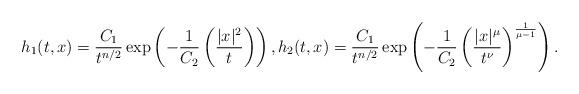
LaTeX: \begin{align*}h_{1}(t,x)=\frac{C_{1}}{t^{n/2}}\exp\left(-\frac{1}{C_{2}}\left(\frac{\vert x\vert^{2}}{t}\right)\right),h_{2}(t,x)=\frac{C_{1}}{t^{n/2}}\exp\left(-\frac{1}{C_{2}}\left(\frac{\vert x\vert^{\mu}}{t^{\nu}}\right)^{\frac{1}{\mu-1}}\right).\end{align*}